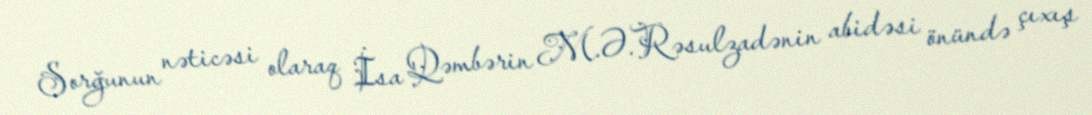
Sorğunun nəticəsi olaraq İsa Qəmbərin M.Ə.Rəsulzadənin abidəsi önündə çıxış